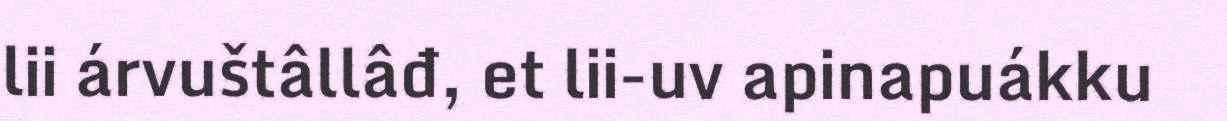
lii árvuštâllâđ, et lii-uv apinapuákku